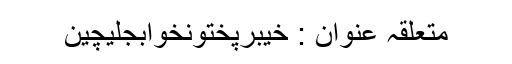
متعلقہ عنوان : خیبرپختونخوابجلیچین